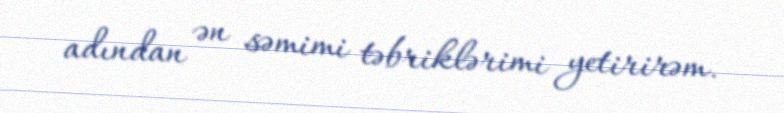
adından ən səmimi təbriklərimi yetirirəm.